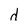
Character: d